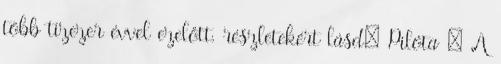
több tízezer évvel ezelőtt. részletekért lásd: Pilóta – A